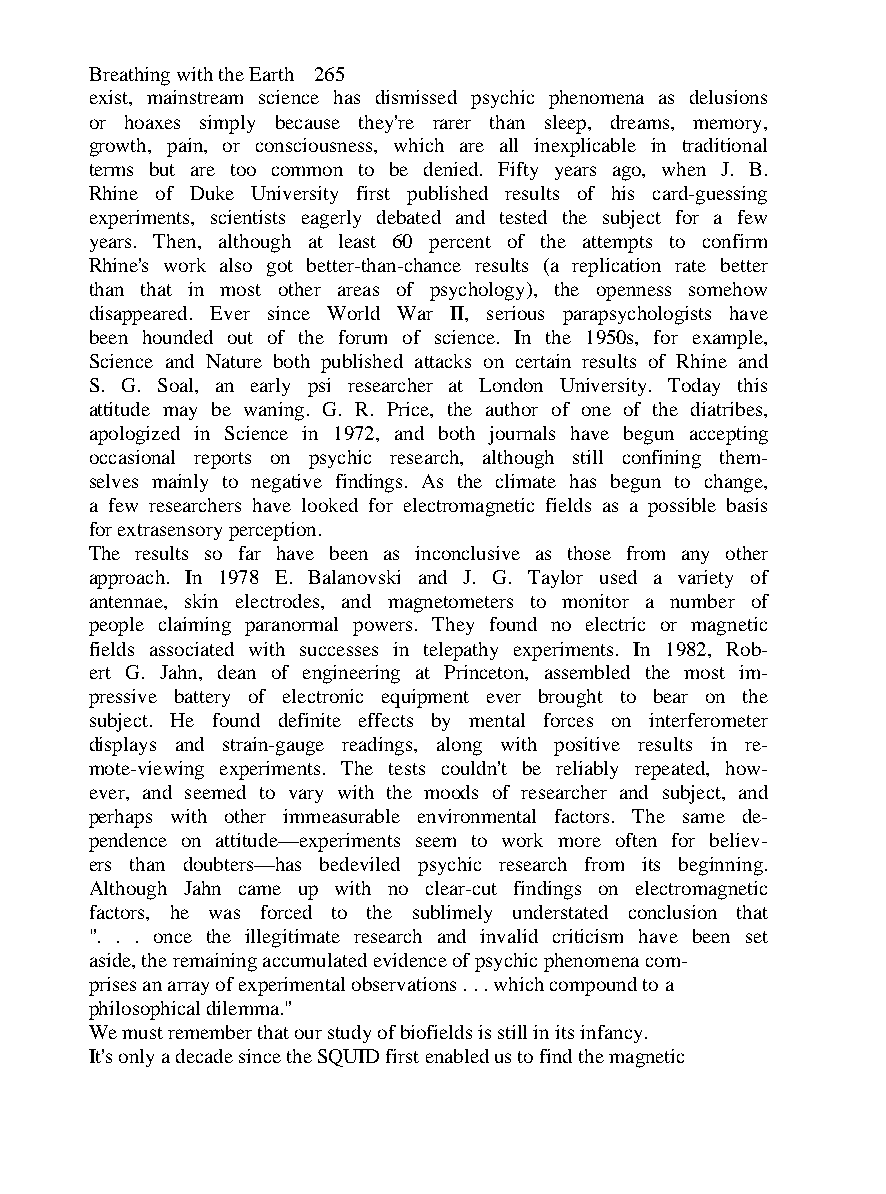
Breathing with the Earth 265
 exist, mainstream science has dismissed psychic phenomena as delusions
 or hoaxes simply because they're rarer than sleep, dreams, memory,
 growth, pain, or consciousness, which are all inexplicable in traditional
 terms but are too common to be denied. Fifty years ago, when J. B.
 Rhine of Duke University first published results of his card-guessing
 experiments, scientists eagerly debated and tested the subject for a few
 years. Then, although at least 60 percent of the attempts to confirm
 Rhine's work also got better-than-chance results (a replication rate better
 than that in most other areas of psychology), the openness somehow
 disappeared. Ever since World War II, serious parapsychologists have
 been hounded out of the forum of science. In the 1950s, for example,
 Science and Nature both published attacks on certain results of Rhine and
 S. G. Soal, an early psi researcher at London University. Today this
 attitude may be waning. G. R. Price, the author of one of the diatribes,
 apologized in Science in 1972, and both journals have begun accepting
 occasional reports on psychic research, although still confining them-
 selves mainly to negative findings. As the climate has begun to change,
 a few researchers have looked for electromagnetic fields as a possible basis
 for extrasensory perception.
 The results so far have been as inconclusive as those from any other
 approach. In 1978 E. Balanovski and J. G. Taylor used a variety of
 antennae, skin electrodes, and magnetometers to monitor a number of
 people claiming paranormal powers. They found no electric or magnetic
 fields associated with successes in telepathy experiments. In 1982, Rob-
 ert G. Jahn, dean of engineering at Princeton, assembled the most im-
 pressive battery of electronic equipment ever brought to bear on the
 subject. He found definite effects by mental forces on interferometer
 displays and strain-gauge readings, along with positive results in re-
 mote-viewing experiments. The tests couldn't be reliably repeated, how-
 ever, and seemed to vary with the moods of researcher and subject, and
 perhaps with other immeasurable environmental factors. The same de-
 pendence on attitude—experiments seem to work more often for believ-
 ers than doubters—has bedeviled psychic research from its beginning.
 Although Jahn came up with no clear-cut findings on electromagnetic
 factors, he was forced to the sublimely understated conclusion that
 ". . . once the illegitimate research and invalid criticism have been set
 aside, the remaining accumulated evidence of psychic phenomena com-
 prises an array of experimental observations . . . which compound to a
 philosophical dilemma."
 We must remember that our study of biofields is still in its infancy.
 It's only a decade since the SQUID first enabled us to find the magnetic